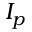
I _ { p }